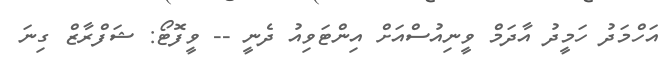
އަހްމަދު ހަމީދު އާދަމް ވީނިއުސްއަށް އިންޓަވިއު ދެނީ -- ވީފޮޓޯ: ޝަފްރާޒް ގިނަ